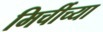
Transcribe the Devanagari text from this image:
मिर्चीच्या